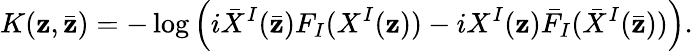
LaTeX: K(\mathbf{z},\bar{{\mathbf{z}}})=-\log\Big(i\bar{{X}}^{I}(\bar{{\mathbf{z}}})F_{I}(X^{I}(\mathbf{z}))-iX^{I}(\mathbf{z})\bar{{F}}_{I}(\bar{{X}}^{I}(\bar{{\mathbf{z}}}))\Big).